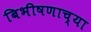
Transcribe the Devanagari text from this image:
बिभीषणाच्या